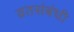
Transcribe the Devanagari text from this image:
व्रतसंबंधी